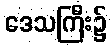
ဒေသကြီး၌